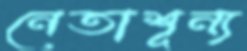
নেতাশূন্য